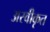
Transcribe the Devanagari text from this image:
अस्‍वीकृत